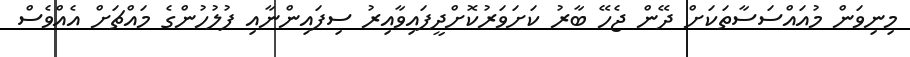
މިނިވަން މުއައްސަސާތަކަށް ދޭން ޖެހޭ ބާރު ކަށަވަރުކޮށްދީފައިވާއިރު ސިފައިންނާއި ފުލުހުންގެ މައްޗަށް އެއްވެސް